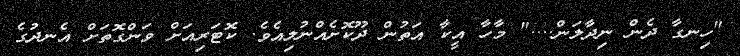
"ހިނގާ ދެން ނިދާލަން...." މާހާ އީކާ އަތުން ދޫކޮށެއްނުލިއެވެ. ކޮޓަރިއަށް ވަންގޮތަށް އެނދުގެ